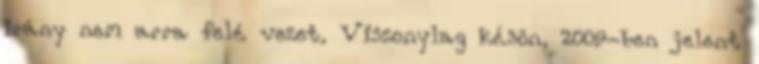
irány nem arra felé vezet. Viszonylag késõn, 2009-ben jelent